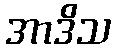
အာဒိသ